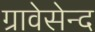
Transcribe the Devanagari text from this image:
ग्रावेसेन्द